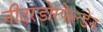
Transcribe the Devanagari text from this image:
नीदरडोरफेल्डेन